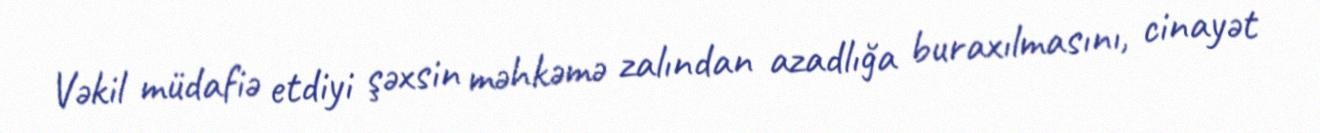
Vəkil müdafiə etdiyi şəxsin məhkəmə zalından azadlığa buraxılmasını, cinayət